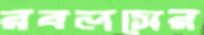
রবলসের